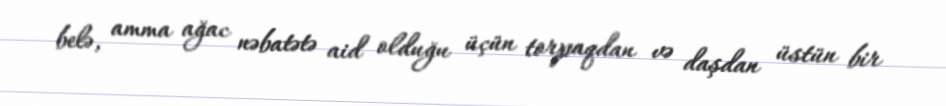
belə, amma ağac nəbatətə aid olduğu üçün torpaqdan və daşdan üstün bir